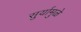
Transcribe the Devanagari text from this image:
सुर्यामुळे